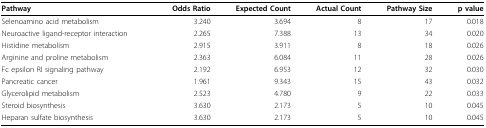
| Pathway | Odds Ratio | Expected Count | Actual Count | Pathway Size | p value |
 | --- | --- | --- | --- | --- | --- |
 | Selenoamino acid metabolism | 3.240 | 3.694 | 8 | 17 | 0.018 |
 | Neuroactive ligand-receptor interaction | 2.265 | 7.388 | 13 | 34 | 0.020 |
 | Histidine metabolism | 2.915 | 3.911 | 8 | 18 | 0.026 |
 | Arginine and proline metabolism | 2.363 | 6.084 | 11 | 28 | 0.026 |
 | Fc epsilon RI signaling pathway | 2.192 | 6.953 | 12 | 32 | 0.030 |
 | Pancreatic cancer | 1.961 | 9.343 | 15 | 43 | 0.032 |
 | Glycerolipid metabolism | 2.523 | 4.780 | 9 | 22 | 0.033 |
 | Steroid biosynthesis | 3.630 | 2.173 | 5 | 10 | 0.045 |
 | Heparan sulfate biosynthesis | 3.630 | 2.173 | 5 | 10 | 0.045 |